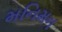
મનિમન